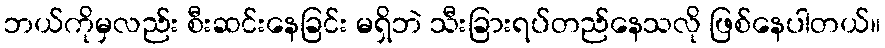
ဘယ်ကိုမှလည်း စီးဆင်းနေခြင်း မရှိဘဲ သီးခြားရပ်တည်နေသလို ဖြစ်နေပါတယ်။